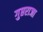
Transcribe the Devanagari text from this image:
गुप्तराजा